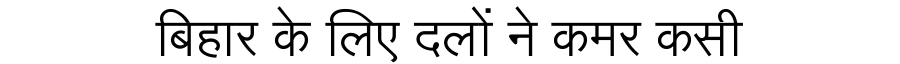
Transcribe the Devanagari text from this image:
बिहार के लिए दलों ने कमर कसी